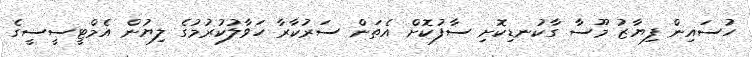
ހުސައިން ފިޔާޒު މޫސާ ގާކުނޑިކޮށި ސާފުކޮށް އެތަން ސަރުކާރާ ހަވާލުކުރުމުގެ ލިޔުން އެމްޓީސީސީގެ